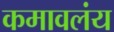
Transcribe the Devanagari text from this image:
कमावलंय